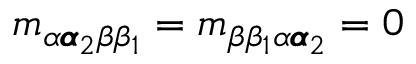
m _ { \alpha { \pmb \alpha } _ { 2 } \beta \beta _ { 1 } } = m _ { \beta \beta _ { 1 } \alpha { \pmb \alpha } _ { 2 } } = 0